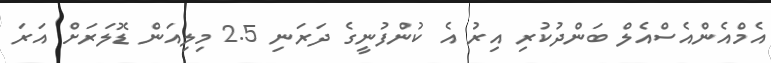
އެމްއެންއެސްއެލް ބަންދުކުރި އިރު އެ ކުންފުނީގެ ދަރަނި 2.5 މިލިއަން ޑޮލަރަށް އަރަ